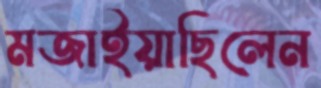
মজাইয়াছিলেন